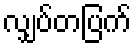
လျှပ်တပြက်